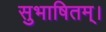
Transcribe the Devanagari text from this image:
सुभाषितम्।